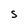
Character: s